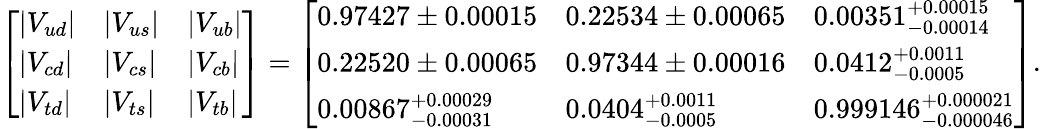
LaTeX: {\left[\begin{array}{lll}{|V_{ud}|}&{|V_{us}|}&{|V_{ub}|}\\ {|V_{cd}|}&{|V_{cs}|}&{|V_{cb}|}\\ {|V_{td}|}&{|V_{ts}|}&{|V_{tb}|}\end{array}\right]}={\left[\begin{array}{lll}{0.97427\pm 0.00015}&{0.22534\pm 0.00065}&{0.00351_{-0.00014}^{+0.00015}}\\ {0.22520\pm 0.00065}&{0.97344\pm 0.00016}&{0.0412_{-0.0005}^{+0.0011}}\\ {0.00867_{-0.00031}^{+0.00029}}&{0.0404_{-0.0005}^{+0.0011}}&{0.999146_{-0.000046}^{+0.000021}}\end{array}\right]}.